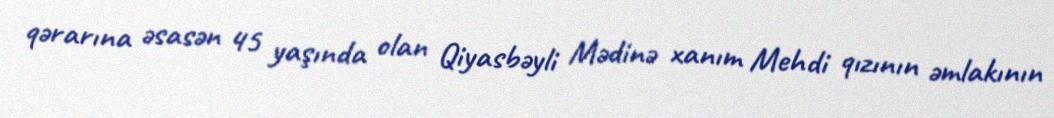
qərarına əsasən 45 yaşında olan Qiyasbəyli Mədinə xanım Mehdi qızının əmlakının